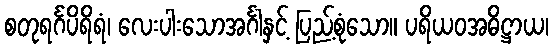
စတုရင်္ဂပိရိရံ၊ လေးပါးသောအင်္ဂါနှင့် ပြည့်စုံသော။ ပရိယဝအဓိဋ္ဌာယ၊